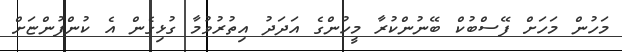
މަހުން މަހަށް ފޭސްބުކް ބޭނުންކުރާ މީހުންގެ އަދަދު އިތުރުވުމާ ގުޅިގެން އެ ކުންފުންޏަށް